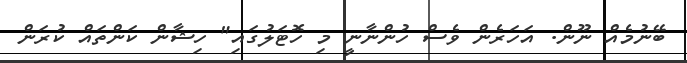
ބޭނުމެއް ނޫން. އަހަރެން ވެސް ހުންނާނީ މި ހޮޓަލުގައި" ހިޝާން ކަންތައް ކުރަން